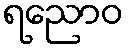
ရညောဝ